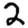
Digit: 2